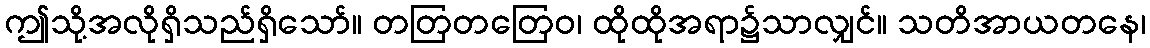
ဤသို့အလိုရှိသည်ရှိသော်။ တတြတတြေဝ၊ ထိုထိုအရာ၌သာလျှင်။ သတိအာယတနေ၊